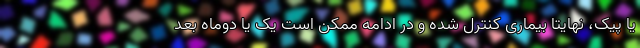
یا پیک، نهایتا بیماری کنترل شده و در ادامه ممکن است یک یا دوماه بعد